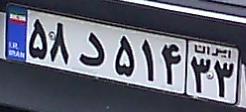
۵۸د۵۱۴۳۳